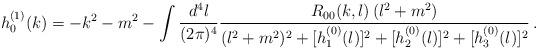
LaTeX: \begin{align*}h_0^{(1)}(k) = - k^2-m^2 - \int {d^4 l \over (2 \pi)^4} {R_{00}(k,l) \, (l^2+m^2) \over (l^2+m^2)^2 + [h_1^{(0)}(l)]^2 + [h_2^{(0)}(l)]^2 + [h_3^{(0)}(l)]^2} \, .\end{align*}